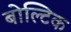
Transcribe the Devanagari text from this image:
बोल्टिक